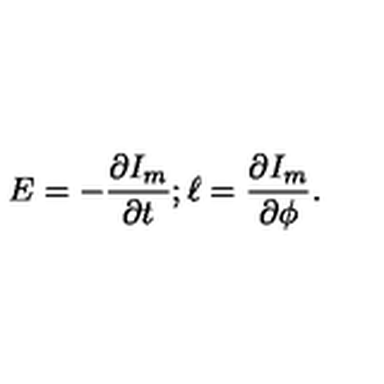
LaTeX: E = - \frac { \partial I _ { m } } { \partial t } ; \ell = \frac { \partial I _ { m } } { \partial \phi } .